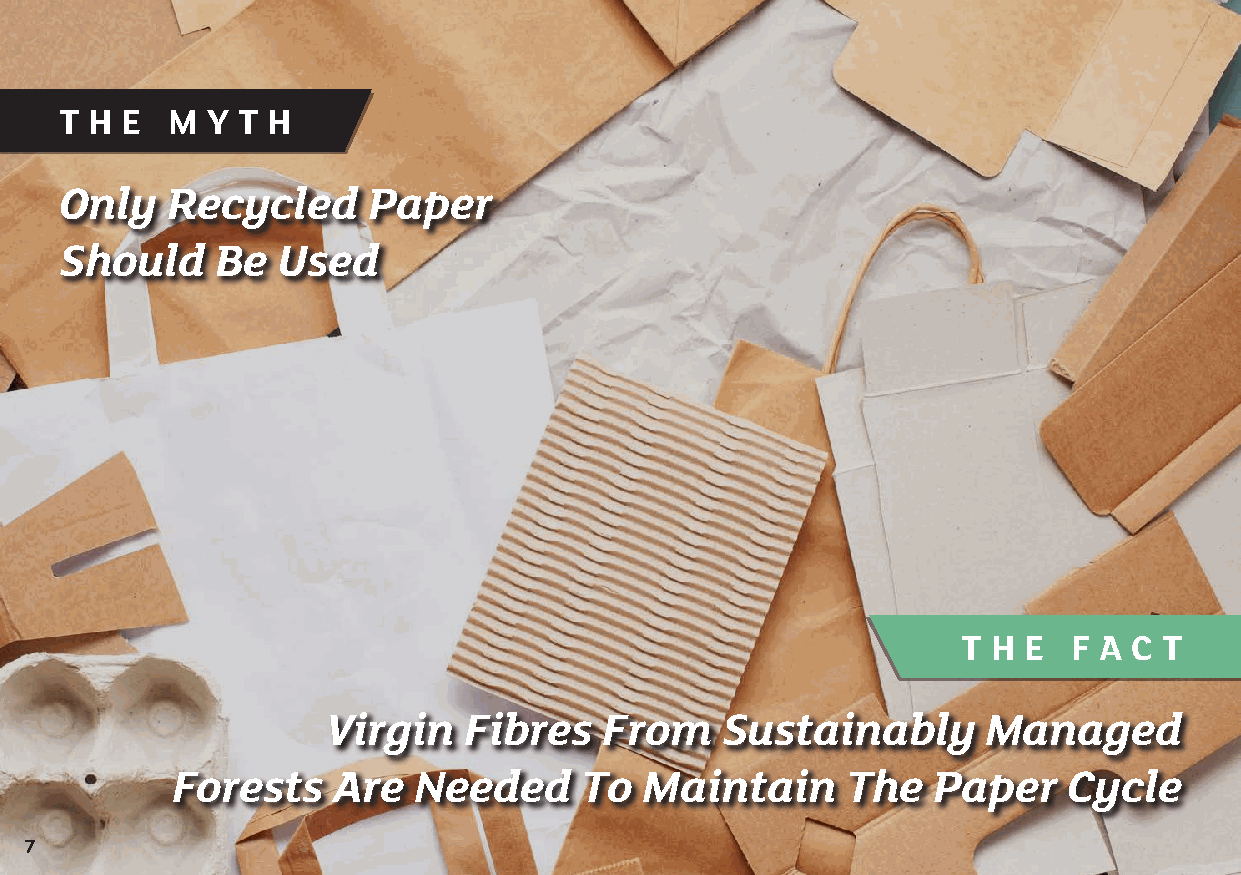
T H E  M  Y T H
 Only   Recycled     Paper
 Should    Be  Used
 T H E  F A C T
 Virgin   Fibres   From    Sustainably      Managed
 Forests    Are  Needed     To   Maintain     The   Paper    Cycle
 7